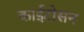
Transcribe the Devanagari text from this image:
काईटोसन